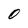
Character: O